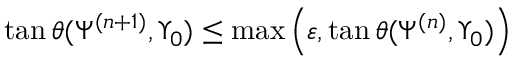
{ \tan \theta ( \Psi ^ { ( n + 1 ) } , \Upsilon _ { 0 } ) \leq \operatorname* { m a x } \left( \varepsilon , \tan \theta ( \Psi ^ { ( n ) } , \Upsilon _ { 0 } ) \right) }